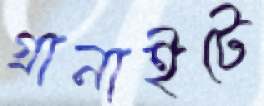
গ্রানাইটে